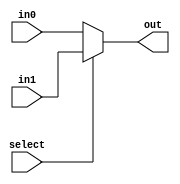
module mux_2(out, select, in0, in1);
    input select, in0, in1;
    output out;
    assign out = select ? in1 : in0;
endmodule